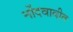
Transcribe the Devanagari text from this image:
नोंदवावीत